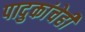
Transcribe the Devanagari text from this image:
पादुकांचेही